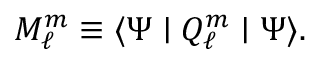
M _ { \ell } ^ { m } \equiv \langle \Psi \mid Q _ { \ell } ^ { m } \mid \Psi \rangle .